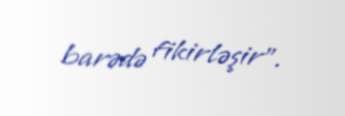
barədə fikirləşir”.